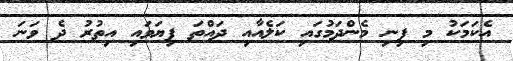
އެކަމަކު މި ފިނި މެންދަމުގައި ކަލެއާއި ދައްތަ ފިޔަވައި އިތުރު ދެ ވަނަ